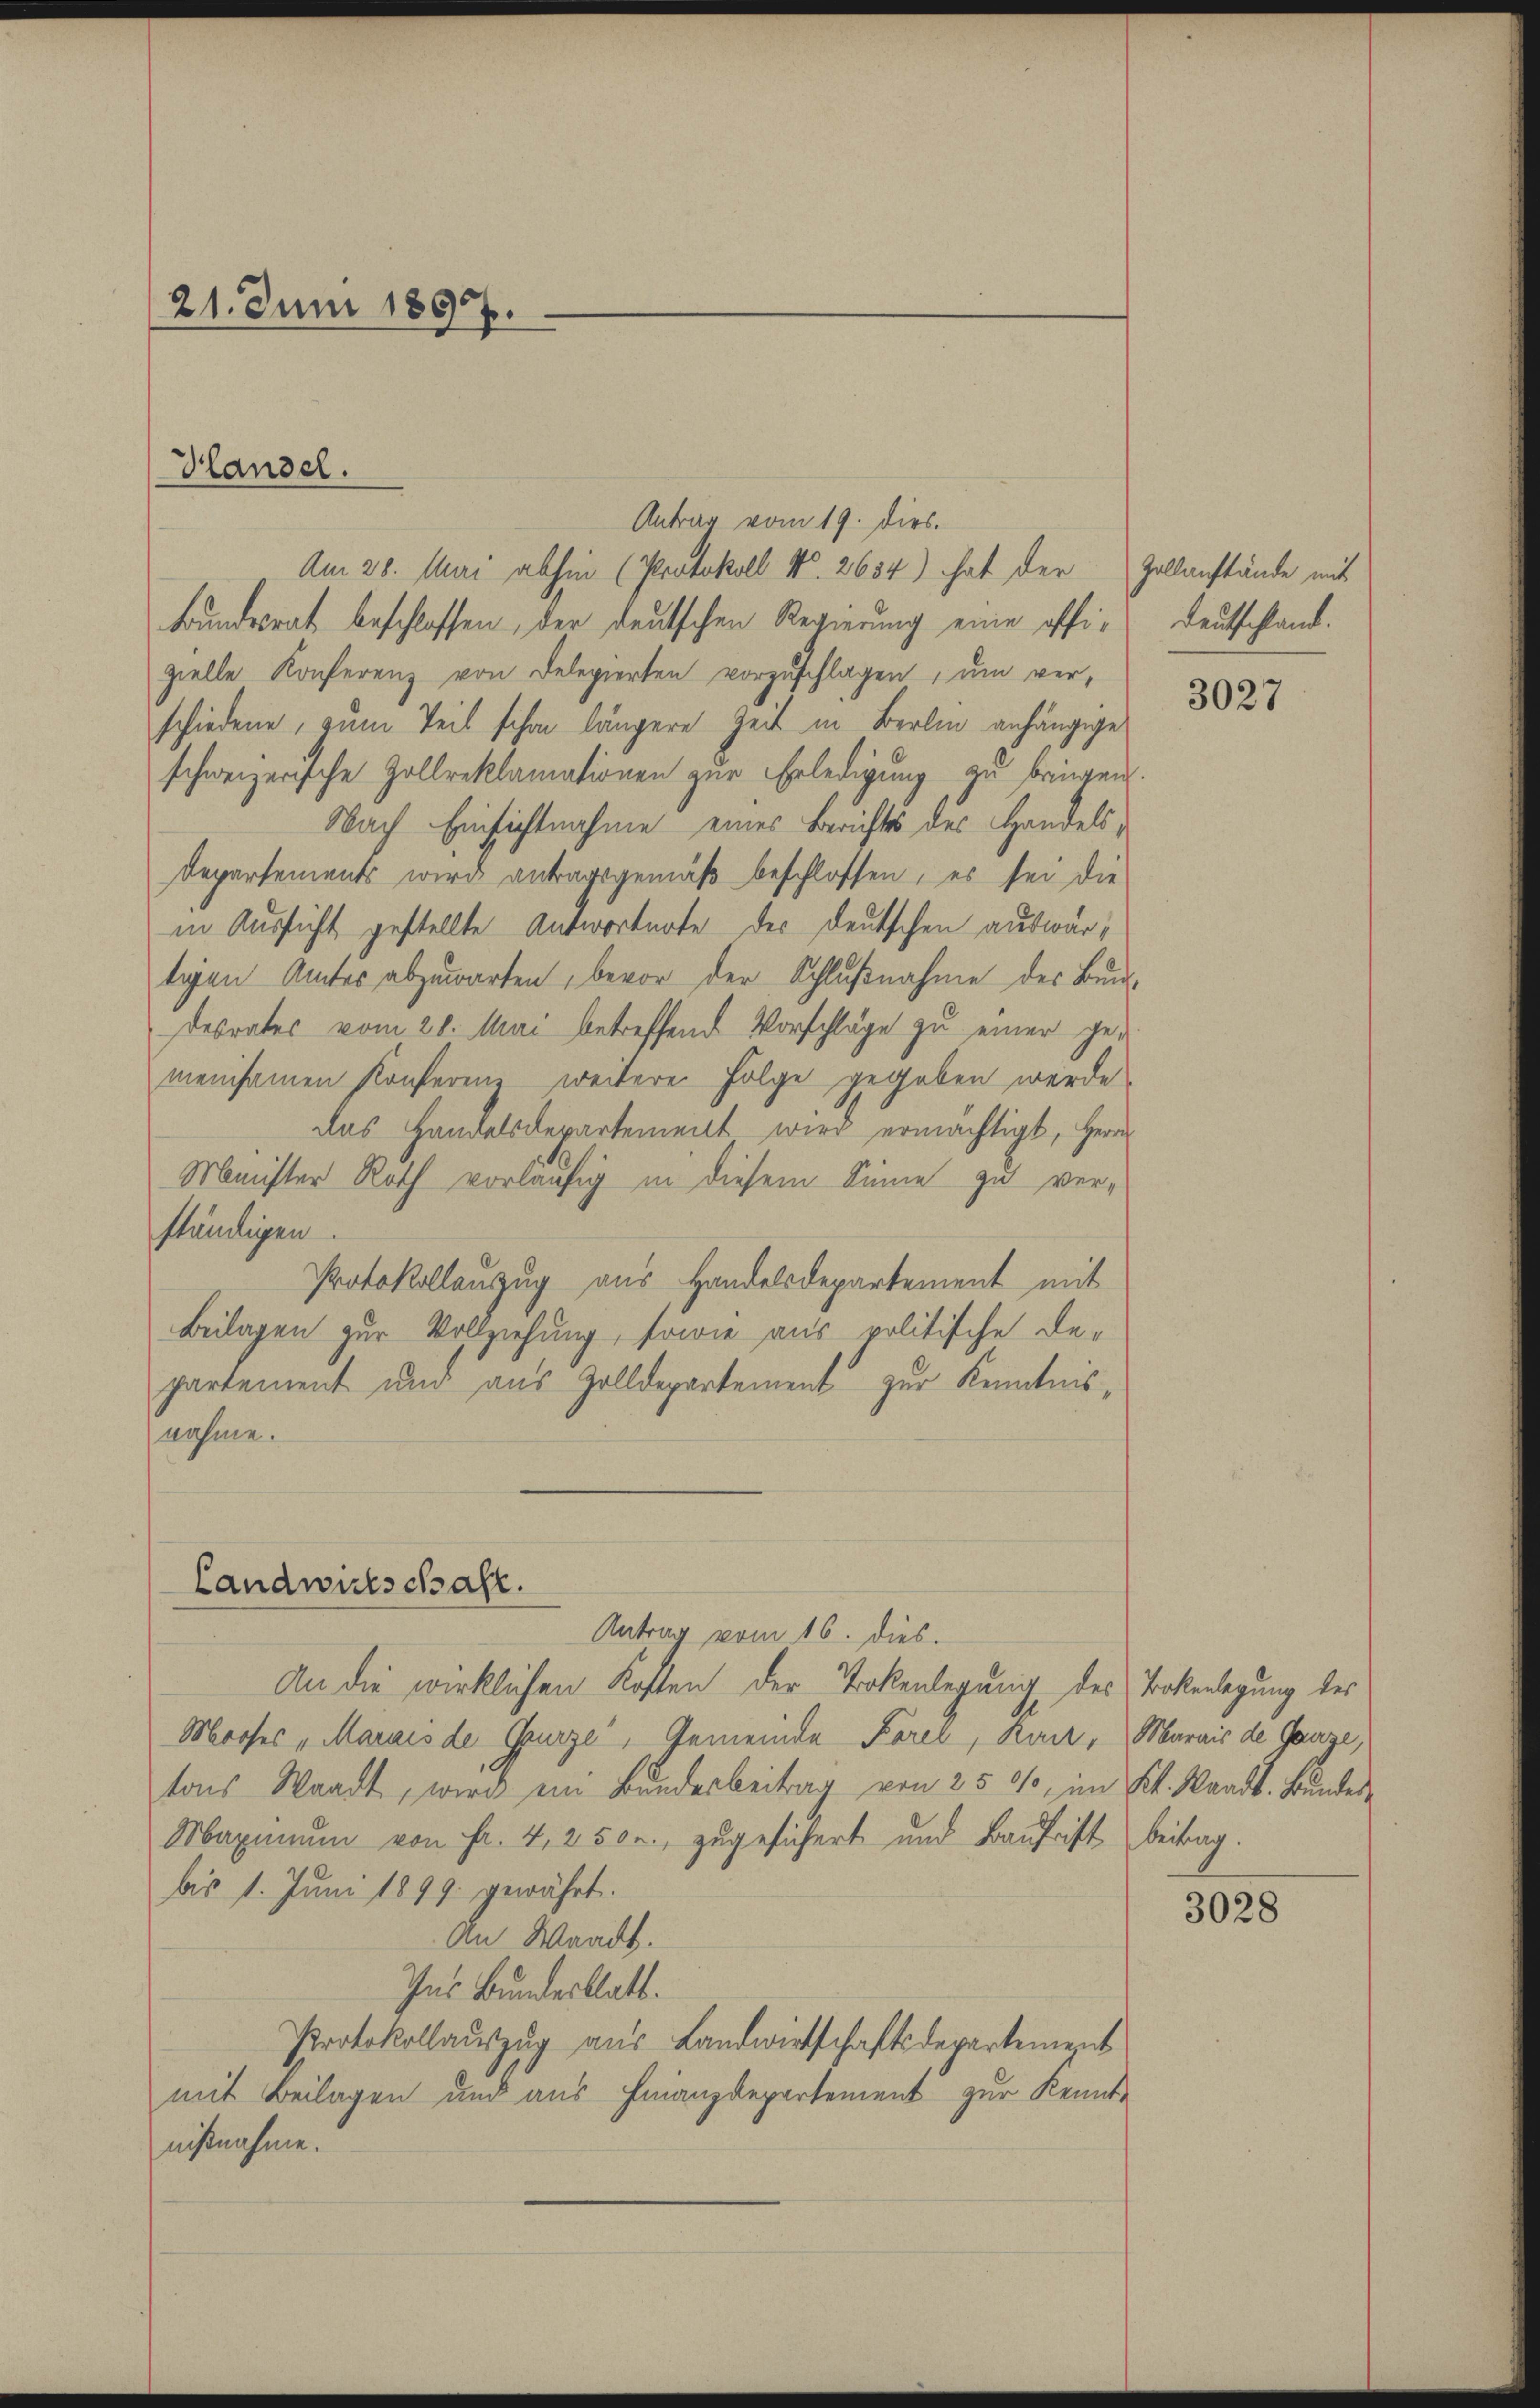
21. Juni 1897.

Antrag vom 19. dies.
Am 28. Muri abhin (Protokoll No. 2654) hat der Zollanstände mit
Bundesrat beschlossen, der deutschen Regierung eine offizielle Konferenz von Delegierten vorzŭschlagen, um ver-
schiedene, zum Teil schon längere Zeit in Berlin anhängige
schweizerische Zollreklamationen zur Erledigung zu bringen.
Nach Einsichtnahme eines Berichts des Handels¬
Departements wird antragsgemäß beschlossen, es sei die
in Aussicht gestellte Antwortuote des Deutschen auswärtigen Amtes abzuwarten, bevor der Schlußnahme des Bunddesrates vom 28. Mai betreffend Vorschläge zu einer ge-
meinsamen Konferenz weitere Folge gegeben werde
das Handelsdepartement wird ermächtigt, Herrn
Minister Roth vorläufig in diesem Sinne zu verständigen.
Protokollanzug aus Handelsdepartement mit
Beilagen zur Vollziehung, sowie aus politische De-
partement und aus Zolldepartement zur Kenntnisnahme.
Landwirtschaft.
Antrag vom 16. dies.
An die wirklichen Kosten der Trokenlegung des Trokenlegung des
Mooses „Marais de Grurze, Gemeinde Forel, Kant, Marais de Ganze,
tons Waadt, wird ein Bundesbeitrag von 250, im Kt. Waadt. Bundes¬
Maximum von Fr. 4, 2500. zugesichert und Baufrist beitrag.
bis 1. Juni 1899. gewährt.
An Waadt.
Ins Bundesblatt.
Protokollaŭszŭg aŭs Landwirtschaftsdepartement
mit Beilagen und aus Finanzdepartement zur Kennt-
nißnahme.

Blandel.

Deutschland.

3027

3028